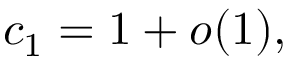
c _ { 1 } = 1 + o ( 1 ) ,